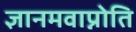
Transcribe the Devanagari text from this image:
ज्ञानमवाप्नोति